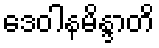
ဒေဝါနမိန္ဒာတိ